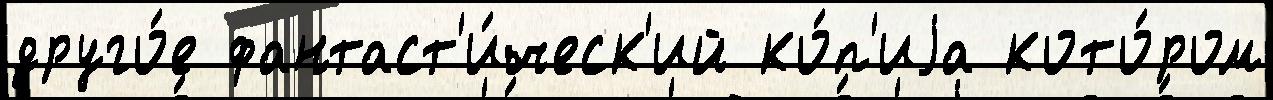
друго́е фантаст'и́ческ'ий ко́п'иjа кото́ром